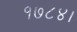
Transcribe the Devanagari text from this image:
१७८४।